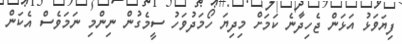
ފިޔަވަޅު އަޅަން ޖެހިދާނެ ކަމަށް މިދިޔަ ހޯމަދުވަހު ސީމެގުން ނިންމި ނަމަވެސް އެކަން